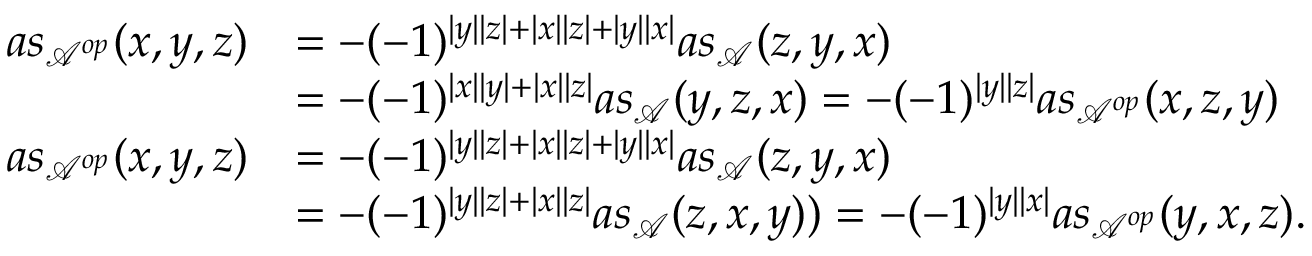
\begin{array} { r l } { a s _ { \mathcal { A } ^ { o p } } ( x , y , z ) } & { = - ( - 1 ) ^ { | y | | z | + | x | | z | + | y | | x | } a s _ { \mathcal { A } } ( z , y , x ) } \\ & { = - ( - 1 ) ^ { | x | | y | + | x | | z | } a s _ { \mathcal { A } } ( y , z , x ) = - ( - 1 ) ^ { | y | | z | } a s _ { \mathcal { A } ^ { o p } } ( x , z , y ) } \\ { a s _ { \mathcal { A } ^ { o p } } ( x , y , z ) } & { = - ( - 1 ) ^ { | y | | z | + | x | | z | + | y | | x | } a s _ { \mathcal { A } } ( z , y , x ) } \\ & { = - ( - 1 ) ^ { | y | | z | + | x | | z | } a s _ { \mathcal { A } } ( z , x , y ) ) = - ( - 1 ) ^ { | y | | x | } a s _ { \mathcal { A } ^ { o p } } ( y , x , z ) . } \end{array}